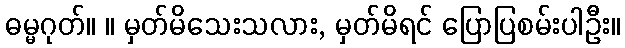
ဓမ္မဂုတ်။ ။ မှတ်မိသေးသလား, မှတ်မိရင် ပြောပြစမ်းပါဦး။